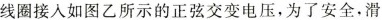
线圈接入如图乙所示的正弦交变电压，为了安全，滑